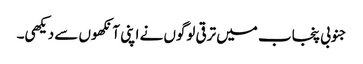
جنوبی پنجاب میں ترقی لوگوں نے اپنی آنکھوں سے دیکھی۔